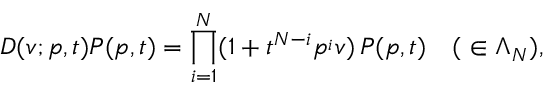
D ( v ; p , t ) P _ { \l } ( p , t ) = \prod _ { i = 1 } ^ { N } ( 1 + t ^ { N - i } p ^ { \l _ { i } } v ) \, P _ { \l } ( p , t ) \quad ( \l \in \Lambda _ { N } ) ,